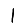
Digit: 1